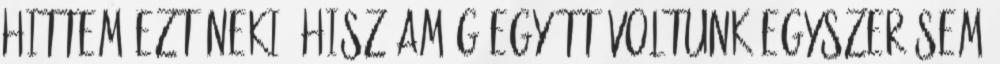
hittem ezt neki, hisz amíg együtt voltunk egyszer sem